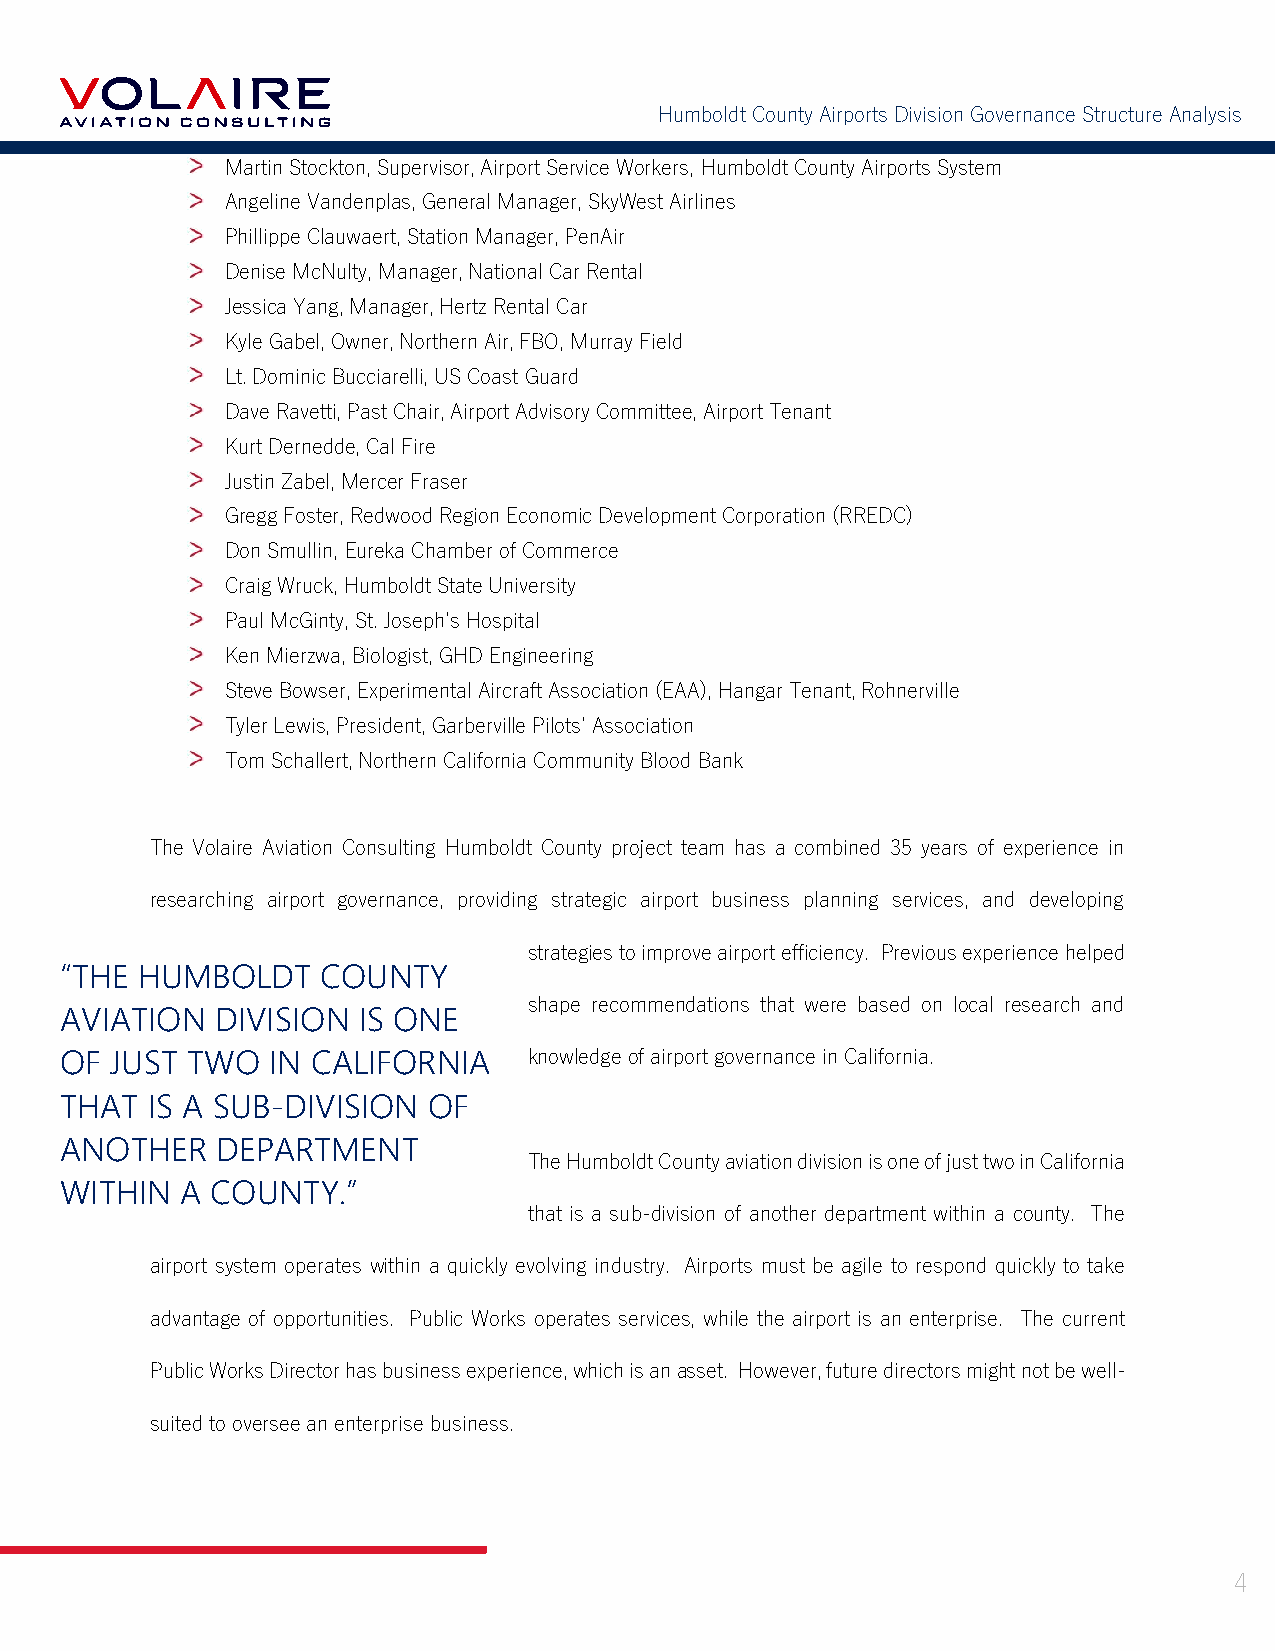
Humboldt County Airports Division Governance Structure Analysis
 Martin Stockton, Supervisor, Airport Service Workers, Humboldt County Airports System
 Angeline Vandenplas, General Manager, SkyWest Airlines
 Phillippe Clauwaert, Station Manager, PenAir
 Denise McNulty, Manager, National Car Rental
 Jessica Yang, Manager, Hertz Rental Car
 Kyle Gabel, Owner, Northern Air, FBO, Murray Field
 Lt. Dominic Bucciarelli, US Coast Guard
 Dave Ravetti, Past Chair, Airport Advisory Committee, Airport Tenant
 Kurt Dernedde, Cal Fire
 Justin Zabel, Mercer Fraser
 Gregg Foster, Redwood Region Economic Development Corporation (RREDC)
 Don Smullin, Eureka Chamber of Commerce
 Craig Wruck, Humboldt State University
 Paul McGinty, St. Joseph’s Hospital
 Ken Mierzwa, Biologist, GHD Engineering
 Steve Bowser, Experimental Aircraft Association (EAA), Hangar Tenant, Rohnerville
 Tyler Lewis, President, Garberville Pilots’ Association
 Tom Schallert, Northern California Community Blood Bank
 The Volaire Aviation Consulting Humboldt County project team has a combined 35 years of experience in
 researching airport governance, providing strategic airport business planning services, and developing
 strategies to improve airport efficiency. Previous experience helped
 “THE HUMBOLDT    COUNTY
 shape recommendations that were based on local research and
 AVIATION  DIVISION  IS ONE
 OF JUST TWO   IN CALIFORNIA    knowledge of airport governance in California.
 THAT  IS A SUB-DIVISION OF
 ANOTHER   DEPARTMENT
 The Humboldt County aviation division is one of just two in California
 WITHIN  A COUNTY.”
 that is a sub-division of another department within a county. The
 airport system operates within a quickly evolving industry. Airports must be agile to respond quickly to take
 advantage of opportunities. Public Works operates services, while the airport is an enterprise. The current
 Public Works Director has business experience, which is an asset. However, future directors might not be well-
 suited to oversee an enterprise business.
 4